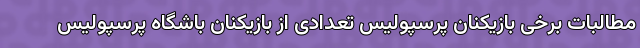
مطالبات برخی بازیکنان پرسپولیس تعدادی از بازیکنان باشگاه پرسپولیس